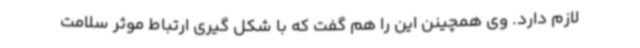
لازم دارد. وی همچینن این را هم گفت که با شکل گیری ارتباط موثر سلامت